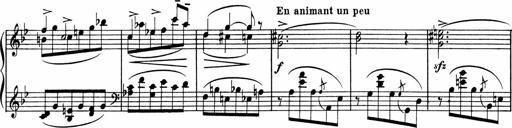
Title: Sonatine pour piano
Composer: Albert Roussel